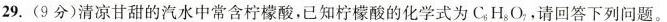
29.(9分)清凉甘甜的汽水中常含柠檬酸，已知柠檬酸的化学式为 C_{6}H_{8}O_{7},请回答下列问题。